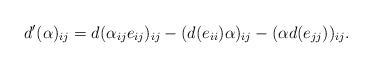
\begin{align*} d'(\alpha)_{ij}=d(\alpha_{ij}e_{ij})_{ij}-(d(e_{ii})\alpha)_{ij}-(\alpha d(e_{jj}))_{ij}.\end{align*}